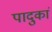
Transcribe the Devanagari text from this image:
पादुकां